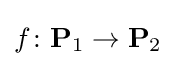
f\colon {\mathbf {P} _{1}}\to {\mathbf {P} _{2}}